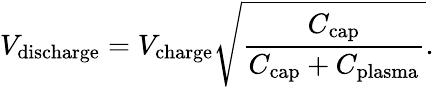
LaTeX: V_{\mathrm{discharge}}=V_{\mathrm{charge}}\sqrt{\frac{C_{\mathrm{cap}}}{C_{\mathrm{cap}}+C_{\mathrm{plasma}}}}.